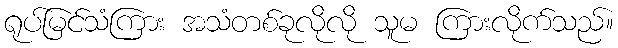
ရုပ်မြင်သံကြား အသံတစ်ခုလိုလို သူမ ကြားလိုက်သည်။